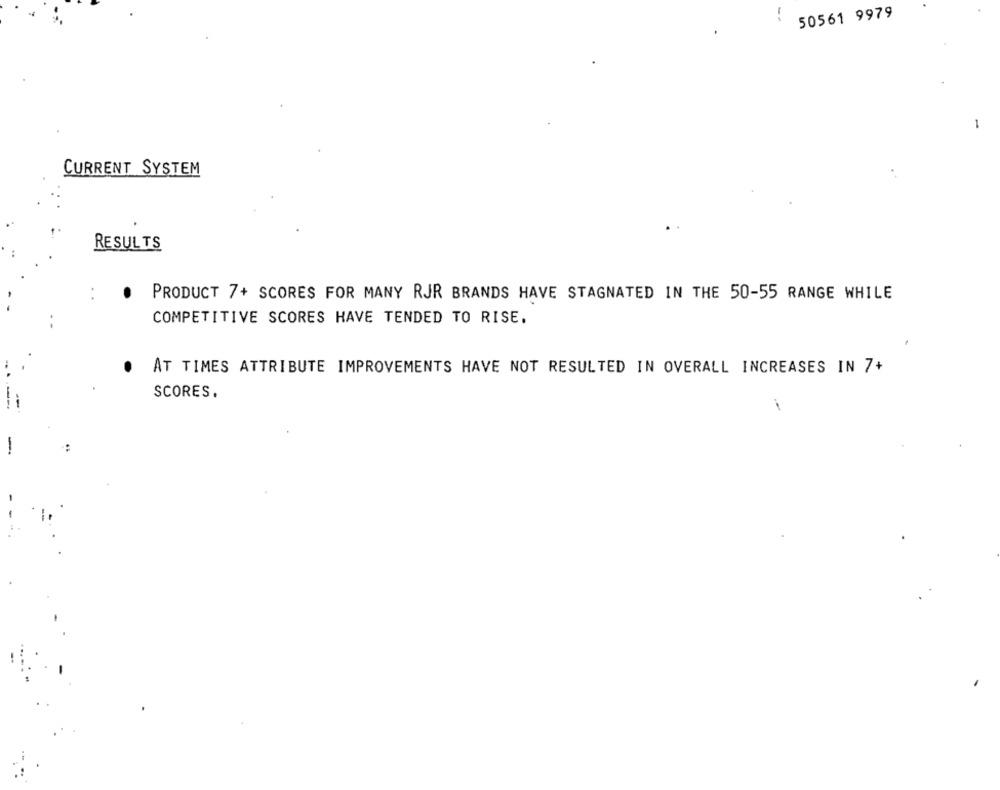
50561 9979
CURRENT SYSTEM
RESULTS
PRODUCT 7+ SCORES FOR MANY RJR BRANDS HAVE STAGNATED IN THE 50-55 RANGE WHILE
COMPETITIVE SCORES HAVE TENDED TO RISE.
AT TIMES ATTRIBUTE IMPROVEMENTS HAVE NOT RESULTED IN OVERALL INCREASES IN 7+
SCORES.